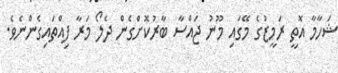
ޝަހާމާ އޮތީ ރަމީޒުގެ މޭގައި މޫނު ޖައްސާ ބާރުކޮށްގެން ދެލޯ މަރާ ފިއްތައިގެންނެވެ.